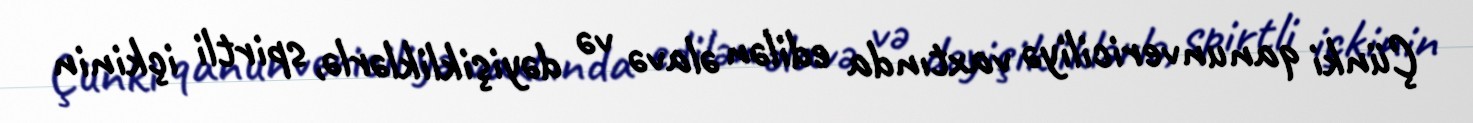
Çünki qanunvericiliyə vaxtında edilən əlavə və dəyişikliklərlə, spirtli içkinin